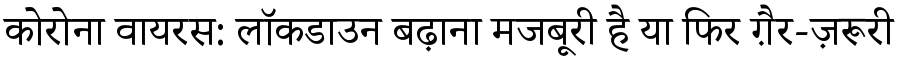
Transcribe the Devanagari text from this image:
कोरोना वायरस: लॉकडाउन बढ़ाना मजबूरी है या फिर ग़ैर-ज़रूरी